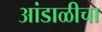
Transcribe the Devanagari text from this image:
आंडाळीचा